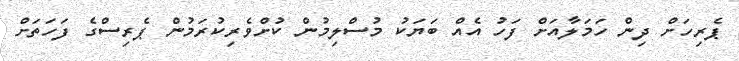
ޕެރިހަށް ދިން ހަމަލާއަށް ފަހު އެއް ބަޔަކު މުސްލިމުން ކުށްވެރިކުރަމުން ޕެރިސްގެ ފަހަތަށް